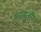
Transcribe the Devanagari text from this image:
मनमती